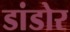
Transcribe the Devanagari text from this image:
डांडोर